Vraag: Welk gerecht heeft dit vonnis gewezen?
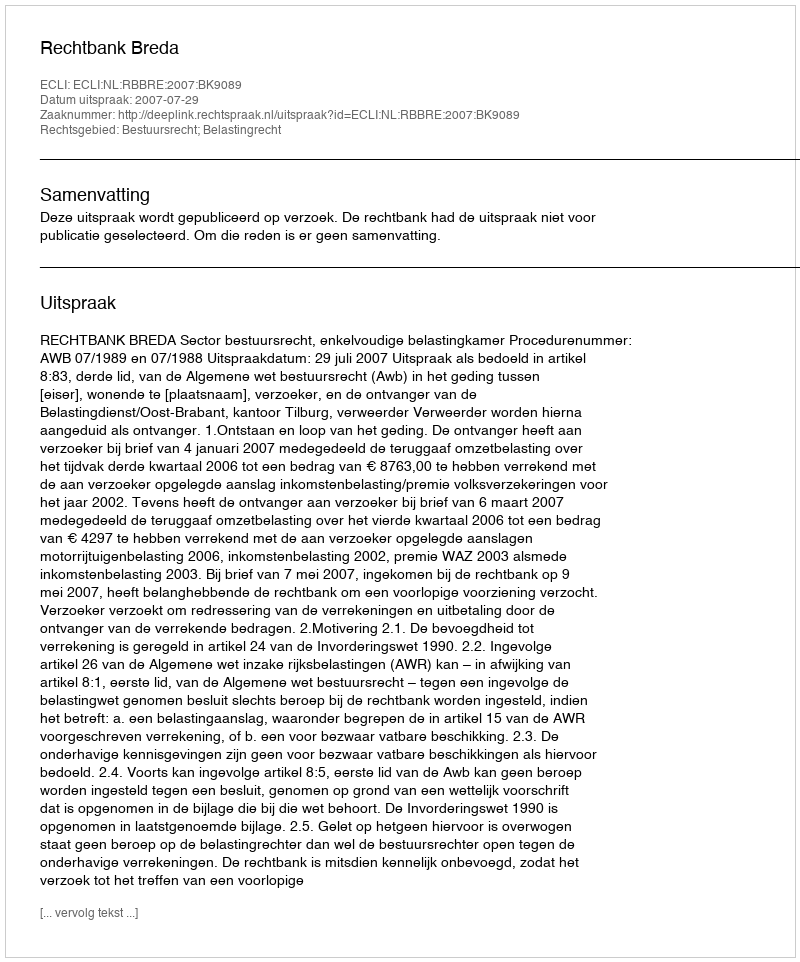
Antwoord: Rechtbank Breda